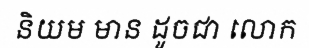
និយម មាន ដូចជា លោក